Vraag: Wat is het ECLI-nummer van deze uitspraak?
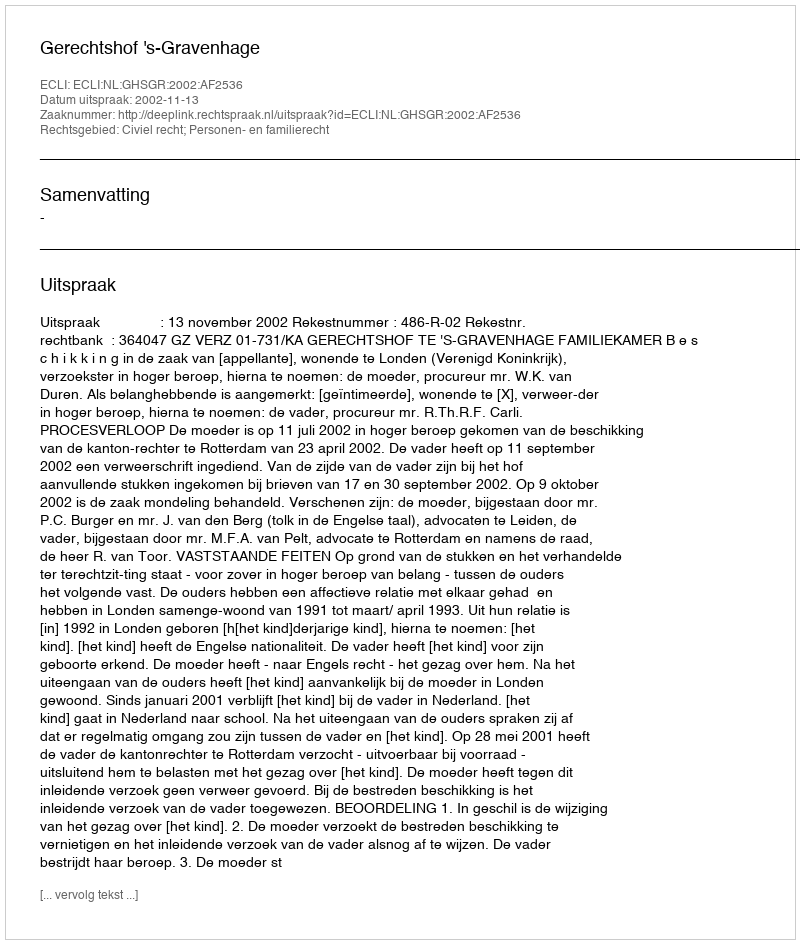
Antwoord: ECLI:NL:GHSGR:2002:AF2536